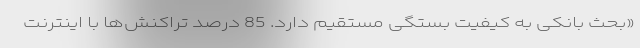
«بحث بانکی به کیفیت بستگی مستقیم دارد. 85 درصد تراکنش‌ها با اینترنت